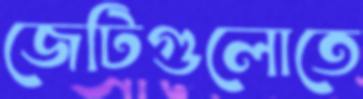
জেটিগুলোতে